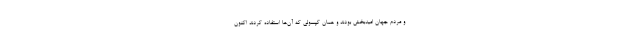
و مردم جهان امیدبخش بودند و همان کپسولی که آن‌ها استفاده کردند اکنون